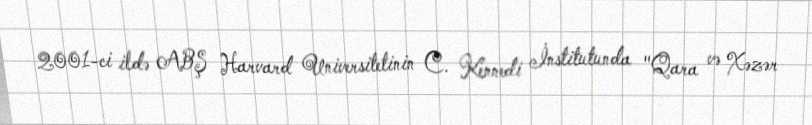
2001-ci ildə ABŞ Harvard Universitetinin C. Kennedi İnstitutunda "Qara və Xəzər